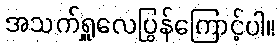
အသက်ရှူလေပြွန်ကြောင့်ပါ။